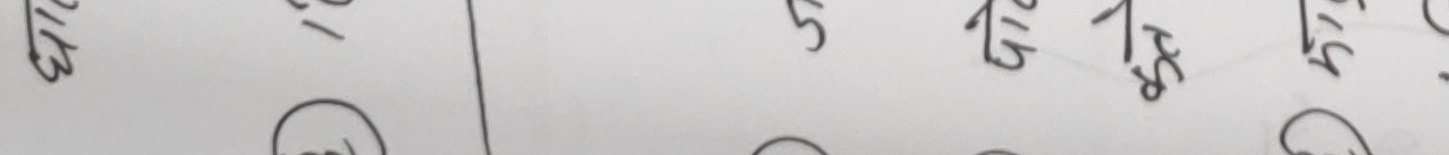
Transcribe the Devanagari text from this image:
सन्धि १८ | १५ १७ १९ साह